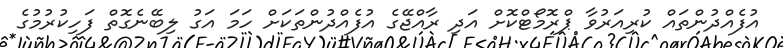
އުފެއްދުންތައް ކުރިއަރުވާ ޕްރޮމޯޓްކޮށް އަދި ރާއްޖޭގެ އުފެއްދުންތަކަށް ހަމަ އަގު ލިބޭނެގޮތް ފަހިކުރުމުގެ